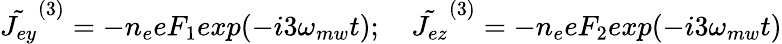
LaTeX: \tilde{J_{ey}}^{(3)}=-n_{e}eF_{1}exp(-i3\omega_{mw}t);\quad\tilde{J_{ez}}^{(3)}=-n_{e}eF_{2}exp(-i3\omega_{mw}t)